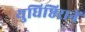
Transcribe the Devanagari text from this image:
युधिष्ठिरानें